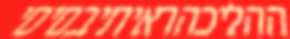
ההליכהראיתיבסיסי